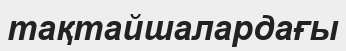
тақтайшалардағы